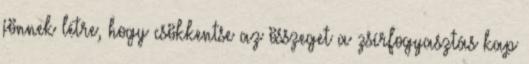
jönnek létre, hogy csökkentse az összeget a zsírfogyasztás kap